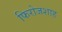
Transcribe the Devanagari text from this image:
फिरोजशाह